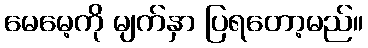
မေမေ့ကို မျက်နှာ ပြရတော့မည်။